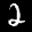
Label: 2